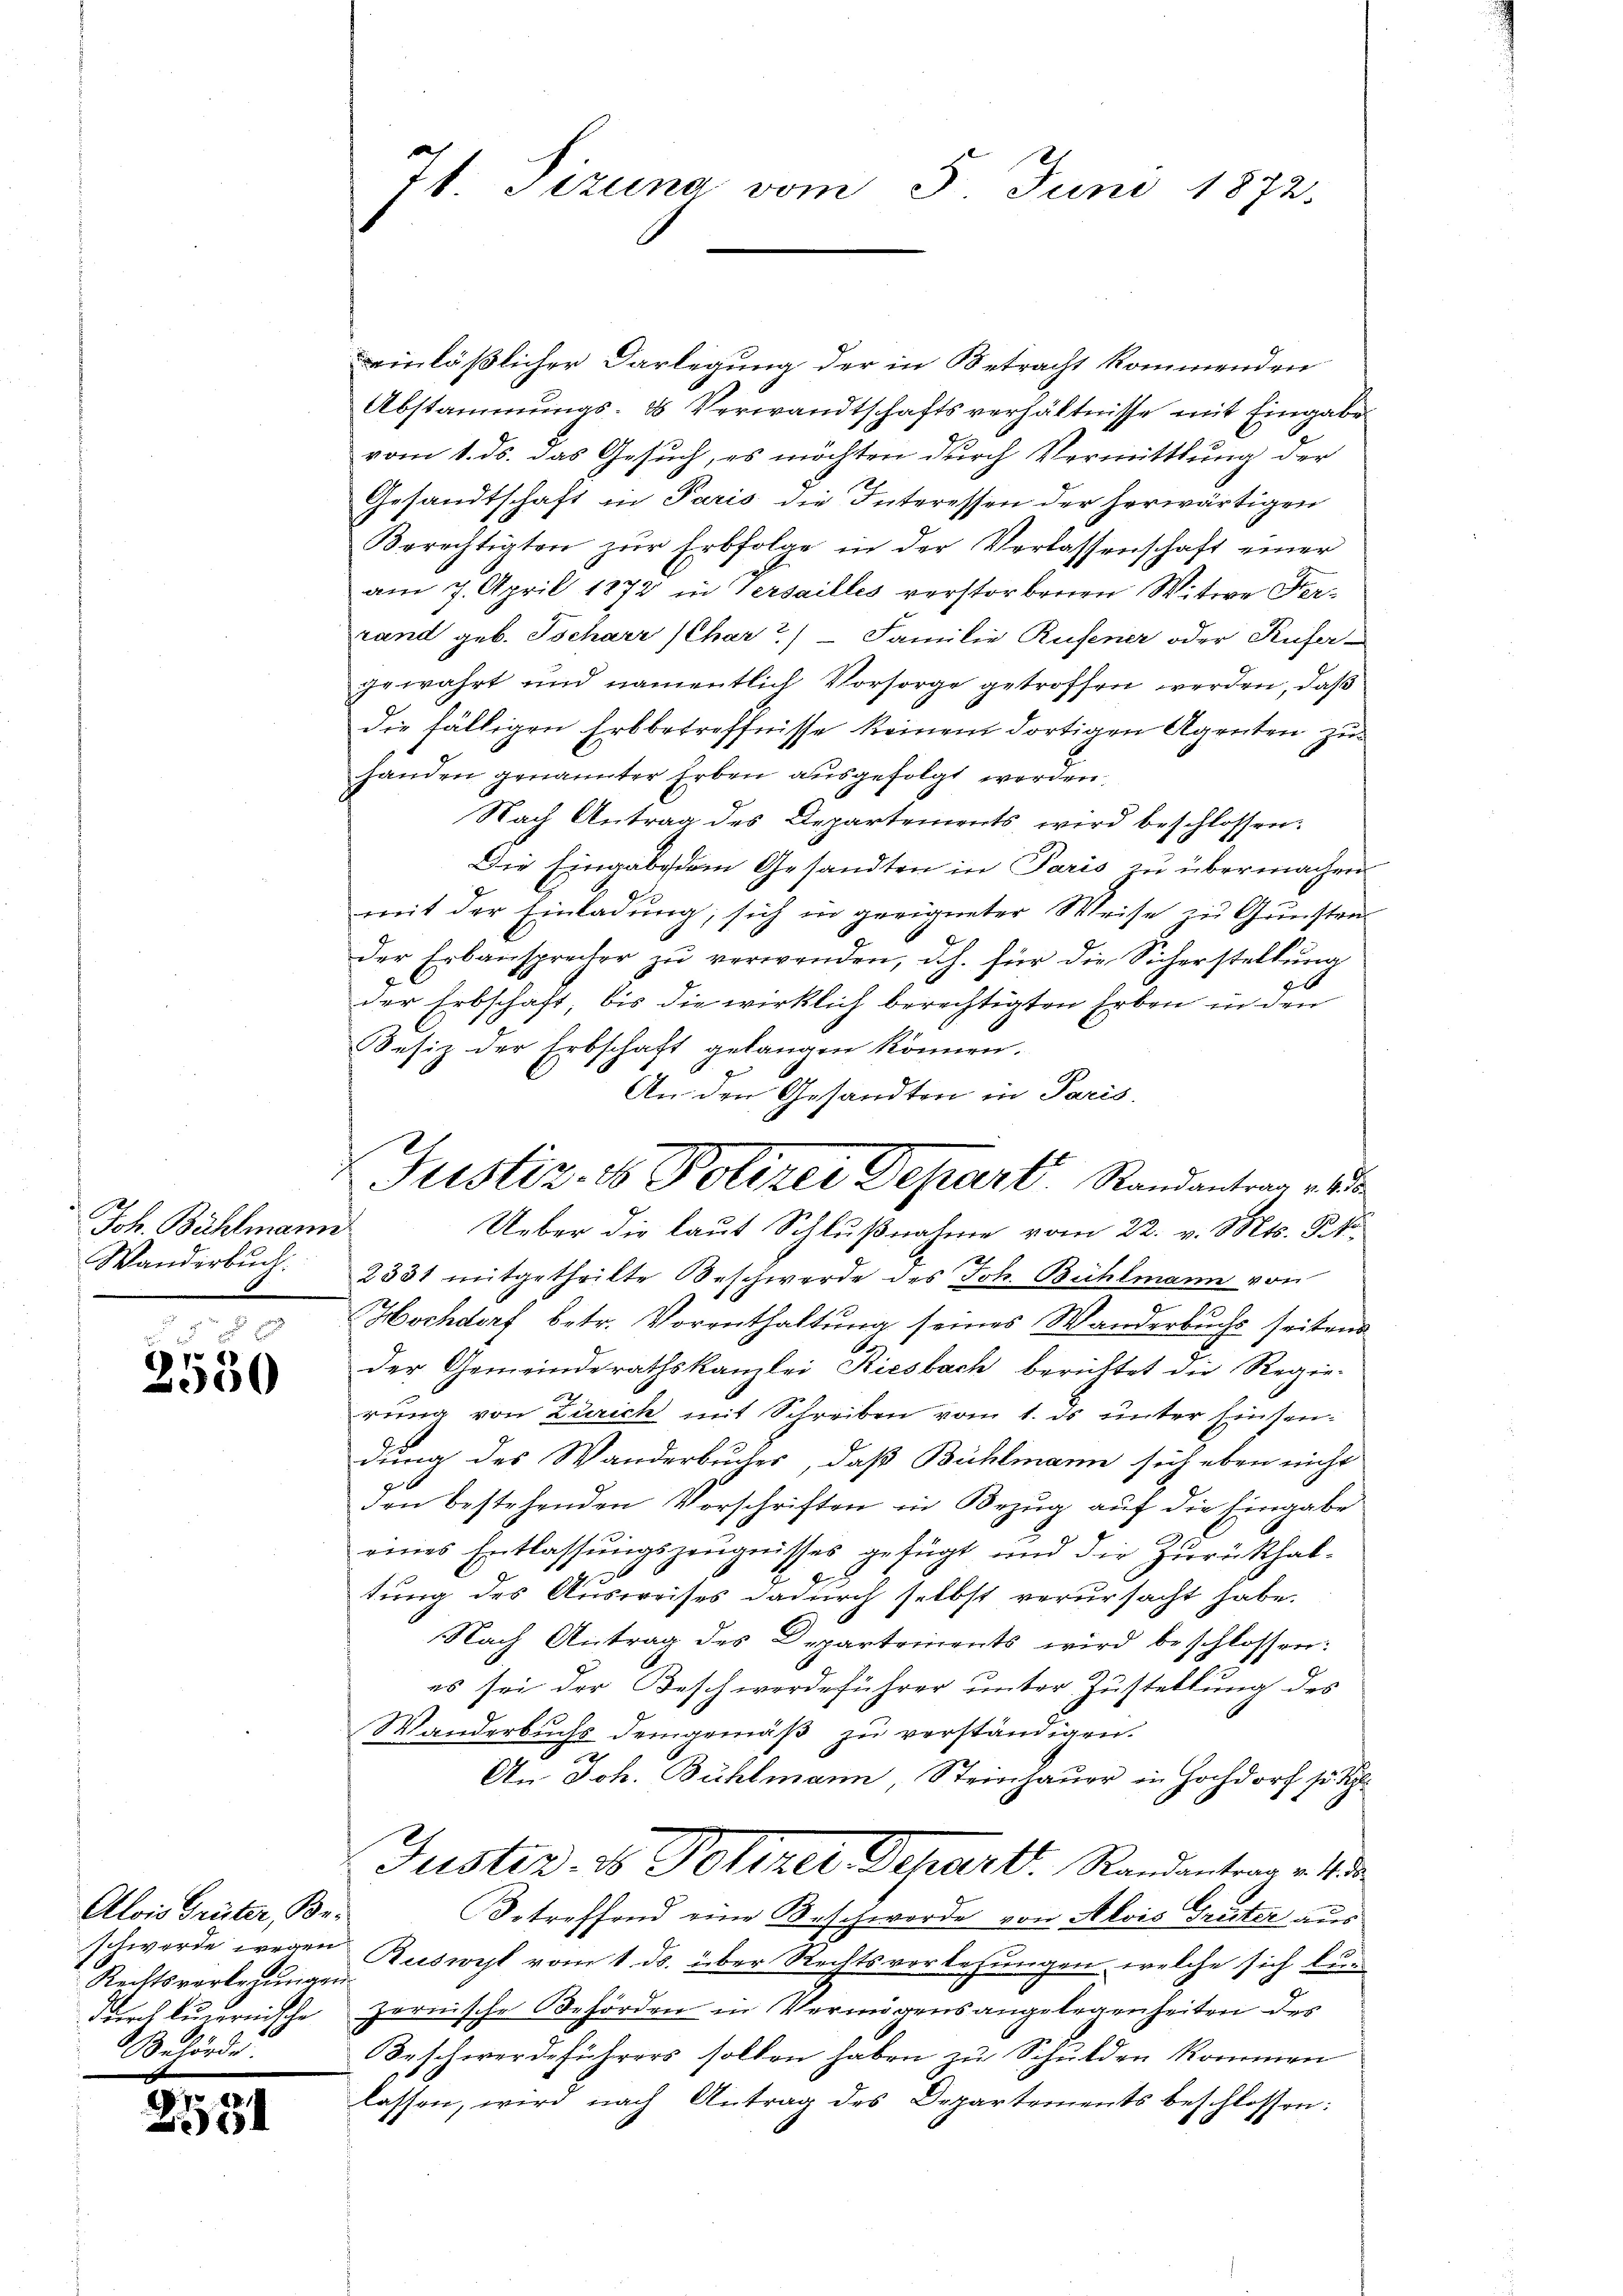
Joh. Bühlmann
Wanderbuch.

2550

Alois Grüter, Be¬
Rechtsverlegungen
Behörde.

7
.1)

7t. Pizuna vom 5. Juni 1872.

Justiz- & Polizer Depart. Randantrag v.

einläßlicher Darlegung der in Betracht kommenden
Abstammungs- & Verwandtschaftsverhältnisse mit Eingabe
vom 1. ds. das Gesuch, es möchten durch Vermittlung der
Gesandtschaft in Paris die Interessen der herwärtigen
Berechtigten zŭr Erbfolge in der Verlassenschaft einer
am 7. April 1872 in Versailles verstorbenen Witwe Sterrand geb. Tscharr (Char?) - Familie Rufener oder Rufer-
gewahrt und namentlich Vorsorge getroffen werden, daß
die fälligen Erbbetreffnisse keinem dortigen Agenten zu
handen genannter Erben ausgefolgt werden.
Nach Antrag des Departements, wird beschlossen:
Die Eingabestem Gesandten in Paris zu übermachen
mit der Einladŭng, sich in geeigneter Weise zŭ Gŭnsten
der Erbansprecher zu verwenden, d. h. für die Sicherstellung
g
der Erbschaft, bis die wirklich berechtigten Erben in den
Besiz der Erbschaft gelangen können.
An den Gesandten in Paris.
Ueber die laut Schlußnahme vom 22. v. Mts. St.
2331 mitgetheilte Beschwerde des Joh. Bühlmann von
u
Hochdorf betr. Vorenthaltung seines Wanderbuchs seitens
der Gemeinderathskanzlei Riesbach berichtet die Regie-
rung von Zürich mit Schreiben vom 1. ds unter Einsendung des Wanderbuches, daß Bühlmann sich eben nicht
den bestehenden Vorschriften in Bezug auf die Eingabe
eines Entlassungszeugnisses gefügt und die Zurückhald
tung des Ausweises dadurch selbst verursacht habe.
Nach Antrag des Departements wird beschlossen:
es sei der Beschwerdeführer unter Zustellung des
Wanderbuchs demgemäß zu verständigen.
t
An Joh. Bühlmann, Steinhauer in Hochdorf so di
Justiz- & Poltzer Departl. Randantrag v. 1
Betreffend eine Beschwerde von Alois Grüter aus
schwerde wegen Ruswyl vom 1. ds. über Rechtsverlesungen, welche sich bedurch kurnische Zernische Behörden in Vermögensangelegenheiten des
Beschwerdeführers sollen haben zu Schulden kommen
lassen, wird nach Antrag des Departements beschlossen: